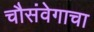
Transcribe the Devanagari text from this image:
चौसंवेगाचा